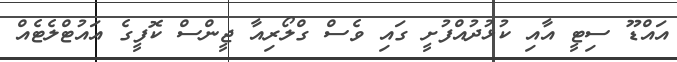
އައްޑޫ ސިޓީ އާއި ކުޅުދުއްފުށީ ގައި ވެސް ގްލޯރިއާ ޖީންސް ކޮފީގެ އައުޓްލެޓެއް